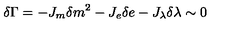
\delta \Gamma = - J _ { m } \delta m ^ { 2 } - J _ { e } \delta e - J _ { \lambda } \delta \lambda \sim 0